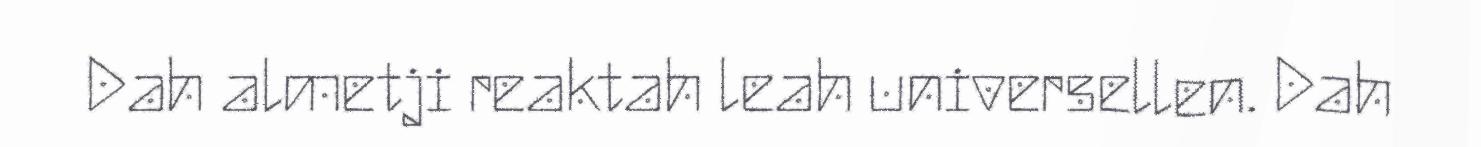
Dah almetji reaktah leah universellen. Dah